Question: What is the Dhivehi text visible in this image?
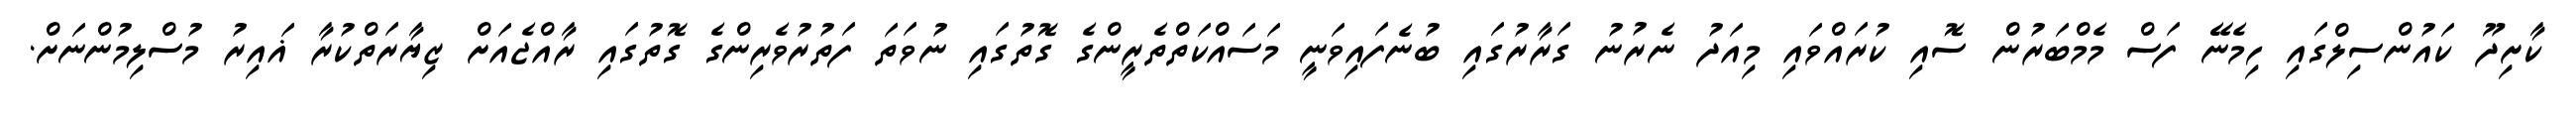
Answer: ކާށިދޫ ކައުންސިލްގައި ހިމެނޭ ފަސް މެމްބަރުން ސޮއި ކުރައްވައި މިއަދު ނެރުނު ގަރާރުގައި ބުނެފައިވަނީ މަސައްކަތްތެރީންގެ ގޮތުގައި ނުވަތަ ފަތުރުވެރިންގެ ގޮތުގައި ރާއްޖެއަށް ޒިޔާރަތްކުރާ ޣައިރު މުސްލިމުންނަށް.